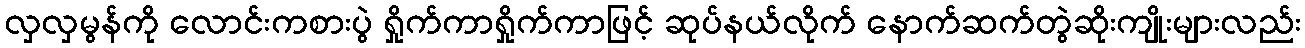
လှလှမွန်ကို လောင်းကစားပွဲ ရှိုက်ကာရှိုက်ကာဖြင့် ဆုပ်နယ်လိုက် နောက်ဆက်တွဲဆိုးကျိုးများလည်း